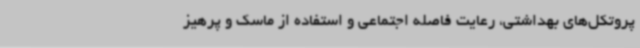
پروتکل‌های بهداشتی، رعایت فاصله اجتماعی و استفاده از ماسک‌ و پرهیز